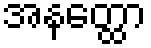
အနတ္ထော